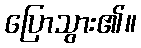
ပြောသွား၏။